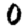
Digit: 0